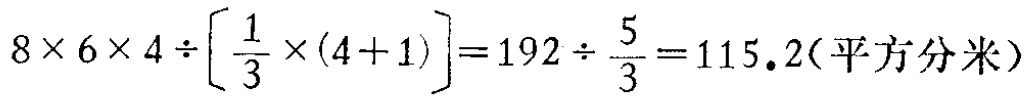
\(8\times 6\times 4\div\left[\frac{1}{3}\times(4 + 1)\right]=192\div\frac{5}{3}=115.2(\text{平方分米})\)